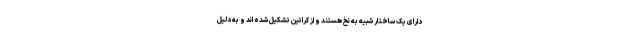
دارای یک ساختار شبیه به نخ هستند و از کراتین تشکیل شده اند و به دلیل